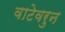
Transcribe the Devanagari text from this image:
वाटेवरुन